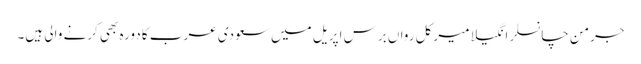
جرمن چانسلر انگیلا میرکل رواں برس اپریل میں سعودی عرب کا دورہ بھی کرنے والی ہیں۔